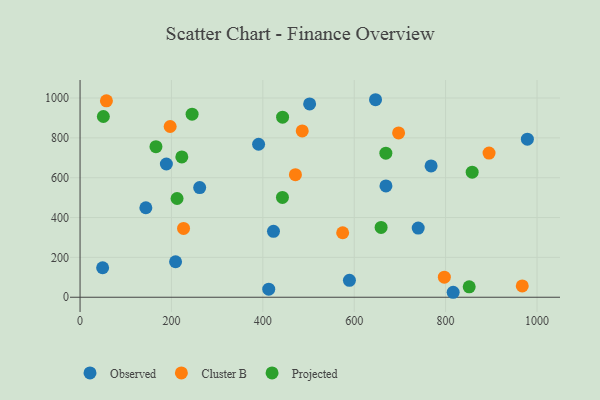
{"axis": {"x": "Speed", "y": "Fuel Efficiency"}, "legend": ["Cluster B", "Observed", "Projected"], "data": [{"x": "261.8", "y": 550.2, "type": "Observed"}, {"x": "502.4", "y": 970.1, "type": "Observed"}, {"x": "209.0", "y": 178.0, "type": "Observed"}, {"x": "646.6", "y": 991.4, "type": "Observed"}, {"x": "49.4", "y": 147.9, "type": "Observed"}, {"x": "978.9", "y": 793.6, "type": "Observed"}, {"x": "423.3", "y": 330.9, "type": "Observed"}, {"x": "144.0", "y": 449.2, "type": "Observed"}, {"x": "768.2", "y": 659.2, "type": "Observed"}, {"x": "816.5", "y": 24.9, "type": "Observed"}, {"x": "412.9", "y": 40.3, "type": "Observed"}, {"x": "390.7", "y": 768.0, "type": "Observed"}, {"x": "740.0", "y": 347.4, "type": "Observed"}, {"x": "589.5", "y": 84.9, "type": "Observed"}, {"x": "188.9", "y": 668.7, "type": "Observed"}, {"x": "669.4", "y": 558.6, "type": "Observed"}, {"x": "574.7", "y": 323.7, "type": "Cluster B"}, {"x": "797.2", "y": 100.6, "type": "Cluster B"}, {"x": "57.7", "y": 985.8, "type": "Cluster B"}, {"x": "471.3", "y": 615.3, "type": "Cluster B"}, {"x": "895.0", "y": 723.5, "type": "Cluster B"}, {"x": "226.5", "y": 345.3, "type": "Cluster B"}, {"x": "197.2", "y": 857.0, "type": "Cluster B"}, {"x": "697.1", "y": 824.7, "type": "Cluster B"}, {"x": "486.2", "y": 834.6, "type": "Cluster B"}, {"x": "967.7", "y": 56.8, "type": "Cluster B"}, {"x": "212.3", "y": 495.5, "type": "Projected"}, {"x": "851.6", "y": 52.5, "type": "Projected"}, {"x": "669.2", "y": 723.2, "type": "Projected"}, {"x": "166.1", "y": 755.5, "type": "Projected"}, {"x": "858.1", "y": 627.6, "type": "Projected"}, {"x": "443.2", "y": 903.9, "type": "Projected"}, {"x": "245.2", "y": 918.9, "type": "Projected"}, {"x": "442.9", "y": 500.9, "type": "Projected"}, {"x": "51.0", "y": 907.1, "type": "Projected"}, {"x": "658.8", "y": 350.2, "type": "Projected"}, {"x": "222.7", "y": 704.5, "type": "Projected"}]}